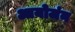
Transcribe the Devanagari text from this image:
आयोजंन